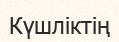
Күшліктің